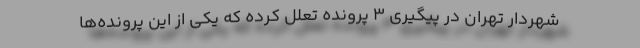
شهردار تهران در پیگیری ۳ پرونده تعلل کرده که یکی از این پرونده‌ها